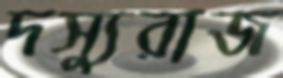
দস্যুরাজ